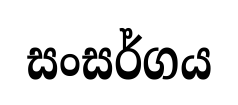
සංසර්ගය